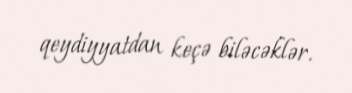
qeydiyyatdan keçə biləcəklər.